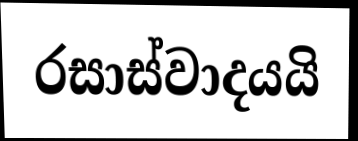
රසාස්වාදයයි